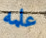
علمه